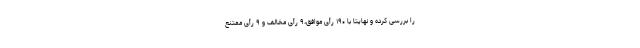
را بررسی کرده و نهایتا با ۱۹۰ رأی موافق،‌۹ رأی مخالف و ۹ رأی ممتنع